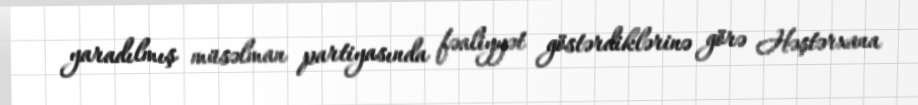
yaradılmış müsəlman partiyasında fəaliyyət göstərdiklərinə görə Həştərxana